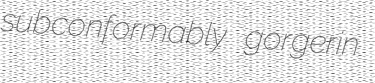
subconformably gorgerin